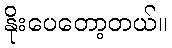
နိုးပေတော့တယ်။